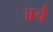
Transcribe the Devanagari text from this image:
अर्च